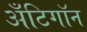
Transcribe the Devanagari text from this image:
अँटिगॉन